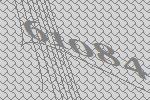
61084